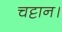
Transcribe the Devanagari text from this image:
चट्टान।